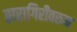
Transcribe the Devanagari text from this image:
तारागिरीवरुन